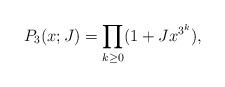
LaTeX: \begin{align*}P_3(x;J)=\prod_{k\geq 0} (1+Jx^{3^k}),\end{align*}